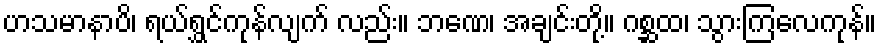
ဟသမာနာပိ၊ ရယ်ရွှင်ကုန်လျက် လည်း။ ဘဏေ၊ အချင်းတို့။ ဂစ္ဆထ၊ သွားကြလေကုန်။